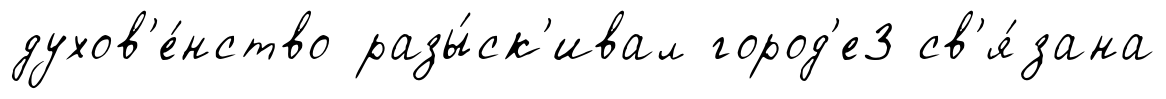
духов'е́нство разы́ск'ивал город'е3 св'я́зана